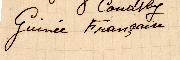
Guinee Frangruire